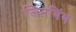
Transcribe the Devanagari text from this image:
जिनबिंब